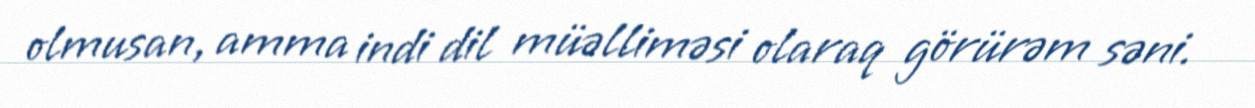
olmusan, amma indi dil müəlliməsi olaraq görürəm səni.